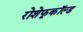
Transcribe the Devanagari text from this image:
रोशेफूकॉल्ड